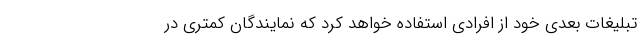
تبلیغات بعدی خود از افرادی استفاده خواهد کرد که نمایندگان کمتری در